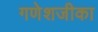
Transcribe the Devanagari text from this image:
गणेशजीका